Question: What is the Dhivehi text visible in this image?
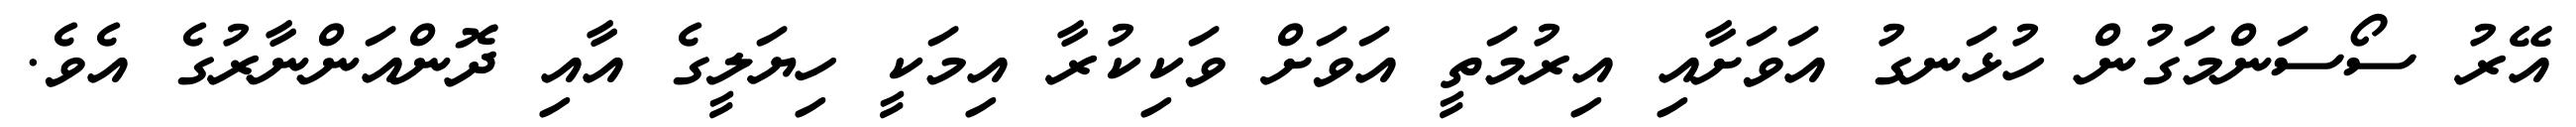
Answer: އޭރު ސޯސަންމަގުން ހުޅަނގު އަވަށާއި އިރުމަތީ އަވަށް ވަކިކުރާ އިމަކީ ހިޔަލީގެ އާއި ދޮންއަންނާރުގެ އެވެ.